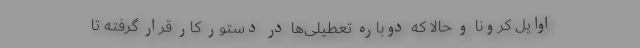
اوایل کرونا و حالا که دوباره تعطیلی‌ها در دستور کار قرار گرفته تا